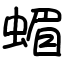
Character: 蝞